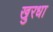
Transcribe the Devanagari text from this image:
खुरधा